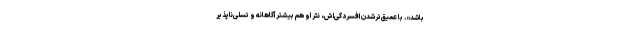
باشد». با عمیق‌ترشدن افسردگی‌اش، نثر او هم بیشتر آگاهانه و تسلی‌ناپذیر